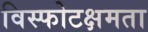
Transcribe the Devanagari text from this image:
विस्फोटक्षमता